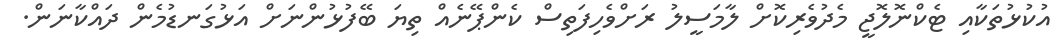
އުކުޅުތަކާއި ޓެކްނޮލޮޖީ މެދުވެރިކޮށް ލާމަސީލު ރަށްވެހިފަތިސް ކެންޕޭނެއް ތިޔަ ބޭފުޅުންނަށް އަޅުގަނޑުމެން ދައްކާނަން.